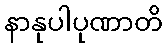
နာနုပါပုဏာတိ